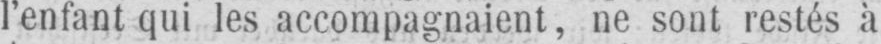
l’enfant qui les accompagnaient, ne sont restés à